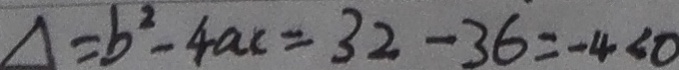
\Delta = b ^ { 2 } - 4 a c = 3 2 - 3 6 = - 4 < 0